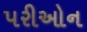
પરીઓન